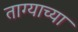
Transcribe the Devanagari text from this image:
ताग्याच्या